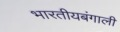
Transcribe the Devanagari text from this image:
भारतीयबंगाली